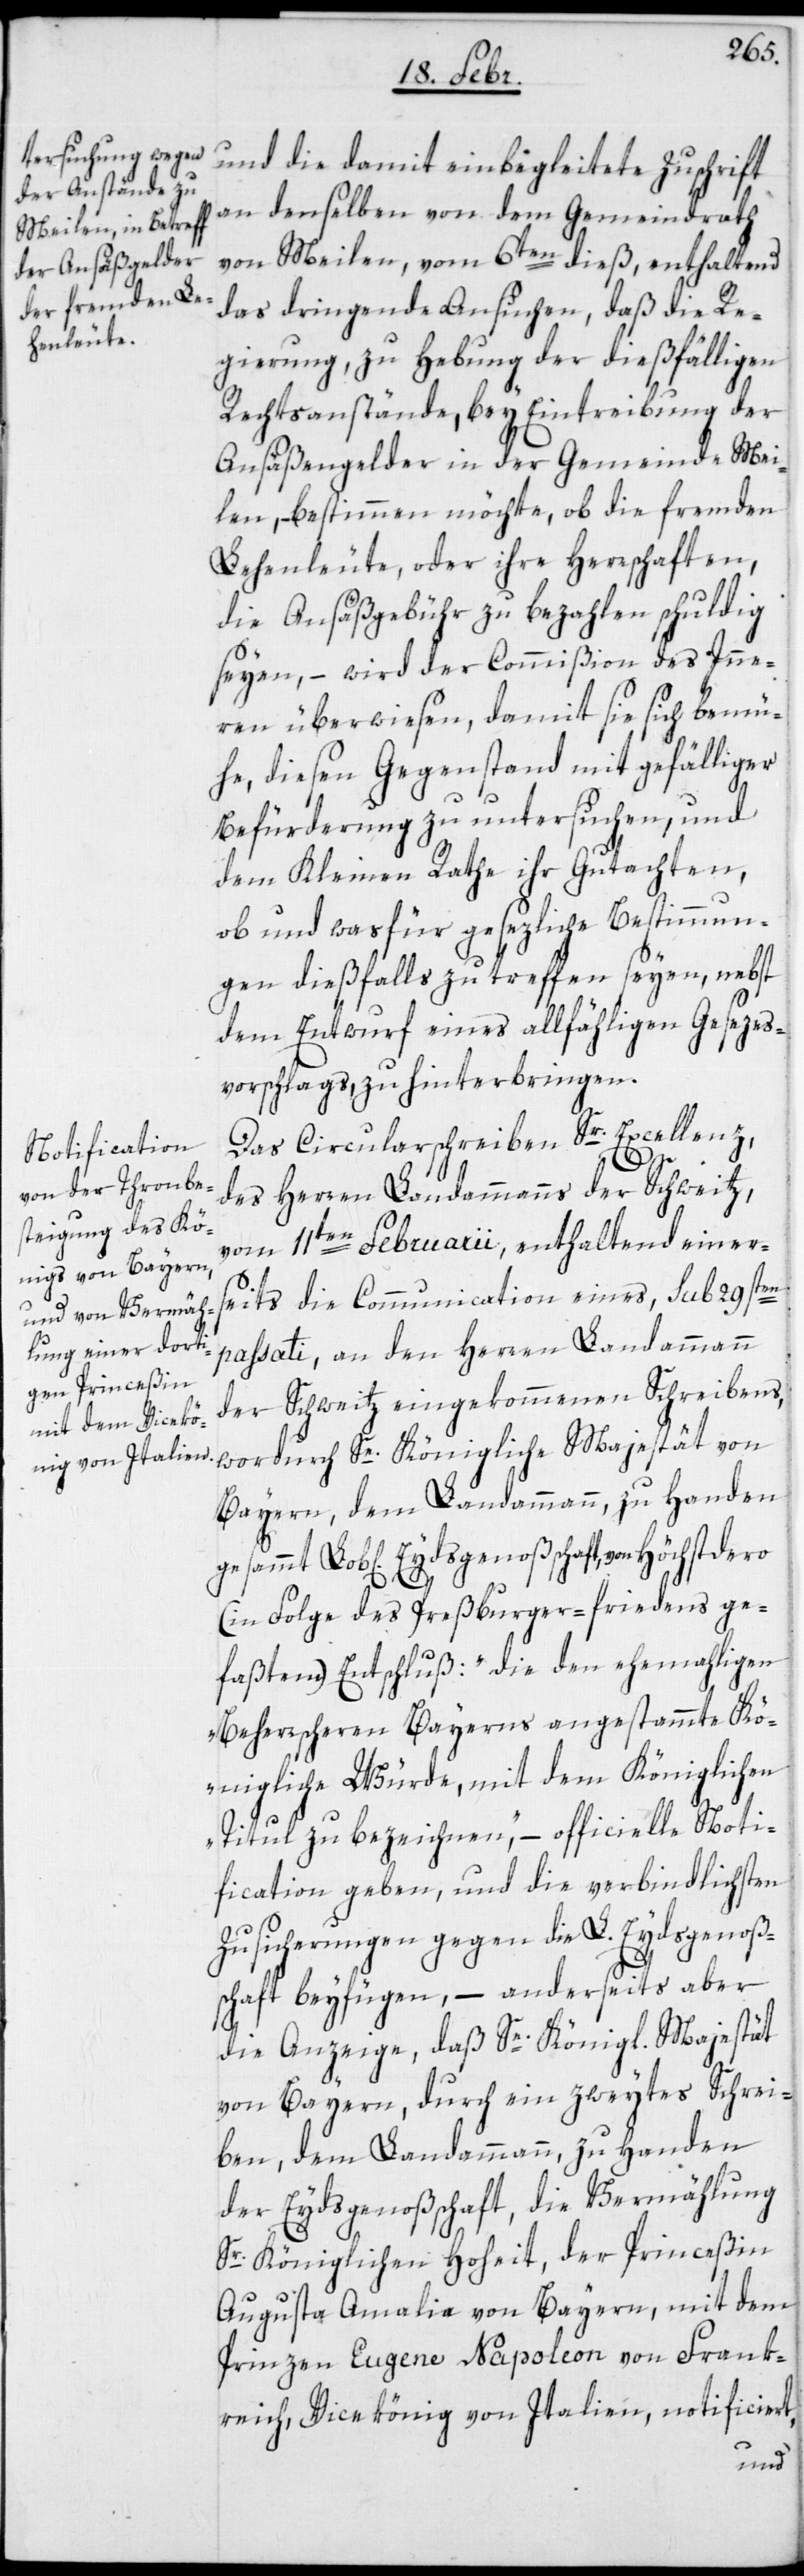
und die damit einbegleitete Zuschrift
an denselben von dem Gemeindrath
von Meilen, vom 6ten dieß, enthaltend
das dringende Ansuchen, daß die Re¬
gierung zu Hebung der dießfälligen
Rechtsanstände, bey Eintreibung der
Ansäßengelder in der Gemeinde Mei¬
len, bestimmen möchte, ob die fremden
Lehenleute, oder ihre Herrschaften,
die Ansäßgebühr zu bezahlen schuldig
seyen, – wird der Commißion des Inne¬
ren überwiesen, damit sie sich bemü¬
he, diesen Gegenstand mit gefälliger
Befürderung zu untersuchen, und
dem Kleinen Rathe ihr Gutachten,
ob und was für gesezliche Bestimmun¬
gen dießfalls zu treffen seyen, nebst
dem Entwurf eines allfähligen Gesezes¬
vorschlags, zu hinterbringen.
Das Circularschreiben Sr. Excellenz,
des Herren Landammann der Schweitz,
vom 11ten Februarii, enthaltend einers¬
eits die Communication eines, sub 29sten
passati, an den Herren Landammann
der Schweitz eingekommenen Schreibens,
wordurch Se. Königliche Majestät von
Bayern, dem Landammann, zu Handen
(in Folge des Preßburger-friedens ge¬
faßten) Entschluß: „die den ehemaligen
Beherrscheren Bayerns angestammte Kö¬
nigliche Würde, mit dem Königlichen
Titul zu bezeichnen,“ – officielle Noti¬
fication geben, und die verbindlichsten
Zusicherungen gegen die L. Eydsgenoße¬
nschaft beyfügen, – anderseits aber
die Anzeige, daß Se. Königl. Majestät
von Bayern, durch ein zweytes Schrei¬
ben, dem Landammann zu Handen
der Eydsgenoßenschaft, die Vermählung
Sr. Königlichen Hoheit, der Princeßin
Augusta Amalia von Bayern, mit dem
Prinzen Eugene Napoleon von Frank¬
reich, Vicekönig von Italien, notificiert,